Annual administration report of the Civil Veterinary Department of India - 1909-1910
Year: 1909
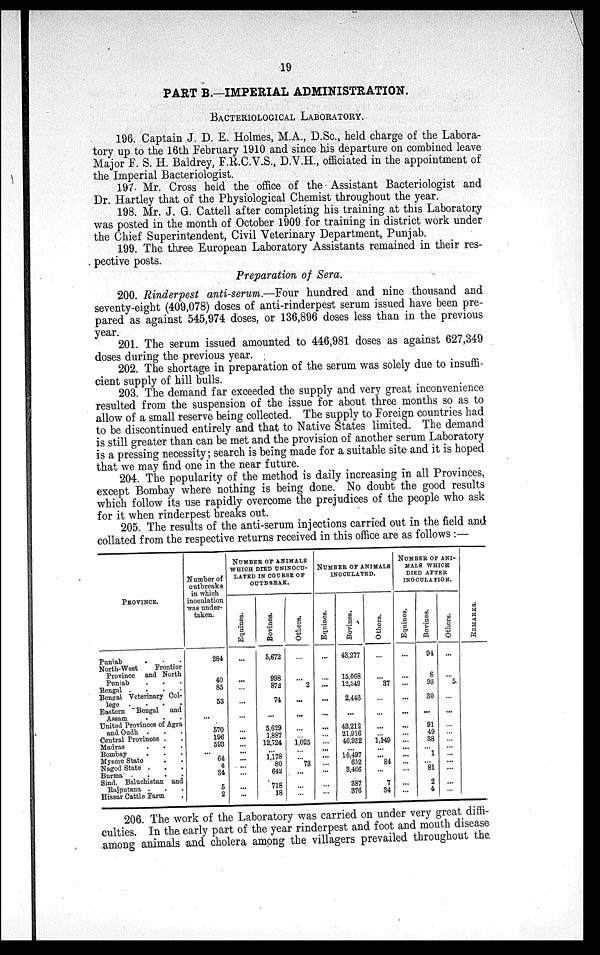
19
PART B.—IMPERIAL ADMINISTRATION.
BACTERIOLOGICAL LABORATORY.
196. Captain J. D. E. Holmes, M.A., D.Sc., held charge of the Labora-
tory up to the 16th February 1910 and since his departure on combined leave
Major F. S. H. Baldrey, F.R.C.V.S., D.V.H., officiated in the appointment of
the Imperial Bacteriologist.
197. Mr. Cross held the office of the Assistant Bacteriologist and
Dr. Hartley that of the Physiological Chemist throughout the year.
198. Mr. J. G. Cattell after completing his training at this Laboratory
was posted in the month of October 1909 for training in district work under
the Chief Superintendent, Civil Veterinary Department, Punjab.
199. The three European Laboratory Assistants remained in their res-
pective posts.
Preparation of Sera.
200. Rinderpest anti-serum.—Four hundred and nine thousand and
seventy-eight (409,078) doses of anti-rinderpest serum issued have been pre-
pared as against 545,974 doses, or 136,896 doses less than in the previous
year.
201. The serum issued amounted to 446,981 doses as against 627,349
doses during the previous year.
202. The shortage in preparation of the serum was solely due to insuffi-
cient supply of hill bulls.
203. The demand far exceeded the supply and very great inconvenience
resulted from the suspension of the issue for about three months so as to
allow of a small reserve being collected. The supply to Foreign countries had
to be discontinued entirely and that to Native States limited. The demand
is still greater than can be met and the provision of another serum Laboratory
is a pressing necessity; search is being made for a suitable site and it is hoped
that we may find one in the near future.
204. The popularity of the method is daily increasing in all Provinces,
except Bombay where nothing is being done. No doubt the good results
which follow its use rapidly overcome the prejudices of the people who ask
for it when rinderpest breaks out.
205. The results of the anti-serum injections carried out in the field and
collated from the respective returns received in this office are as follows :—
PROVINCE.
Punjab
.
.
.
North-West Frontier
Province and North
Punjab . . .
Bengal .
.
.
.
Bengal Veterinary Col-
lege .
.
.
.
Eastern
Bengal and
Assam
. . .
United Provinces of Agra
and Oudh . . .
Central Provinces . .
Madras
.
. .
Bombay . . .
Mysore State . . .
Nagod State . . .
Burma . . .
Sind, Baluchistan and
Rajputana . . .
Hissar Cattle Farm .
Number of
outbreaks
in which
inoculation
was under-
taken.
284
40
85
53
...
570
196
593
...
64
4
34
5
2
NUMBER OF ANIMALS
WHICH DIED UNINOCU-
LATED IN COURSE OF
OUTBREAK.
Equines.
...
...
...
...
...
...
...
...
...
...
...
...
...
Bovines.
5,672
998
872
74
...
5,629
1,887
12,724
...
1,178
80
642
718
18
Others.
...
...
2
...
...
...
...
1,025
...
73
...
...
...
NUMBER OF ANIMALS
INOCULATED.
Equines.
...
...
...
...
...
...
...
...
...
...
...
...
...
Bovines.
43,277
15,068
12,549
2,443
...
43,212
21,916
46,952
...
10,497
652
3,466
387
376
Others.
...
...
37
...
...
...
...
1,149
...
...
84
...
7
34
NUMBER OF ANI-
MALS WHICH
DIED AFTER
INOCULATION.
Equines.
...
...
...
...
...
...
...
...
...
...
...
...
...
...
Bovines.
94
8
93
30
...
91
49
38
...
1
...
81
2
4
Others.
...
...
5
...
...
...
...
...
...
...
..
...
...
...
REMARKS.
206. The work of the Laboratory was carried on under very great diffi-
culties. In the early part of the year rinderpest and foot and mouth disease
among animals and cholera among the villagers prevailed throughout the